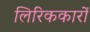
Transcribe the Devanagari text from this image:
लिरिककारों